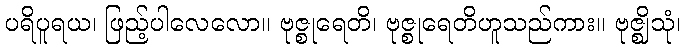
ပရိပူရယ၊ ဖြည့်ပါလေလော။ ဗုဇ္စုရေတိ၊ ဗုဇ္စုရေတိဟူသည်ကား။ ဗုဇ္ဈိသုံ၊